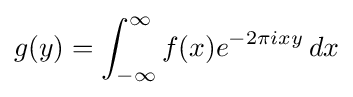
g(y)=\int _{-\infty }^{\infty }f(x)e^{-2\pi ixy}\,dx